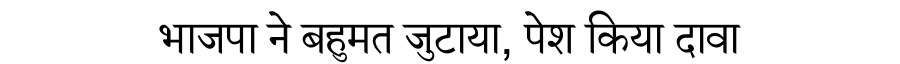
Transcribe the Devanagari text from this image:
भाजपा ने बहुमत जुटाया, पेश किया दावा